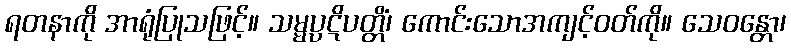
ရတနာကို အာရုံပြုသဖြင့်။ သမ္မပ္ပဋိပတ္တိံ၊ ကောင်းသောအကျင့်ဝတ်ကို။ သေဝန္တော၊